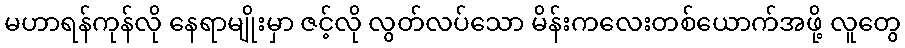
မဟာရန်ကုန်လို နေရာမျိုးမှာ ဇင့်လို လွတ်လပ်သော မိန်းကလေးတစ်ယောက်အဖို့ လူတွေ